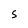
Character: s